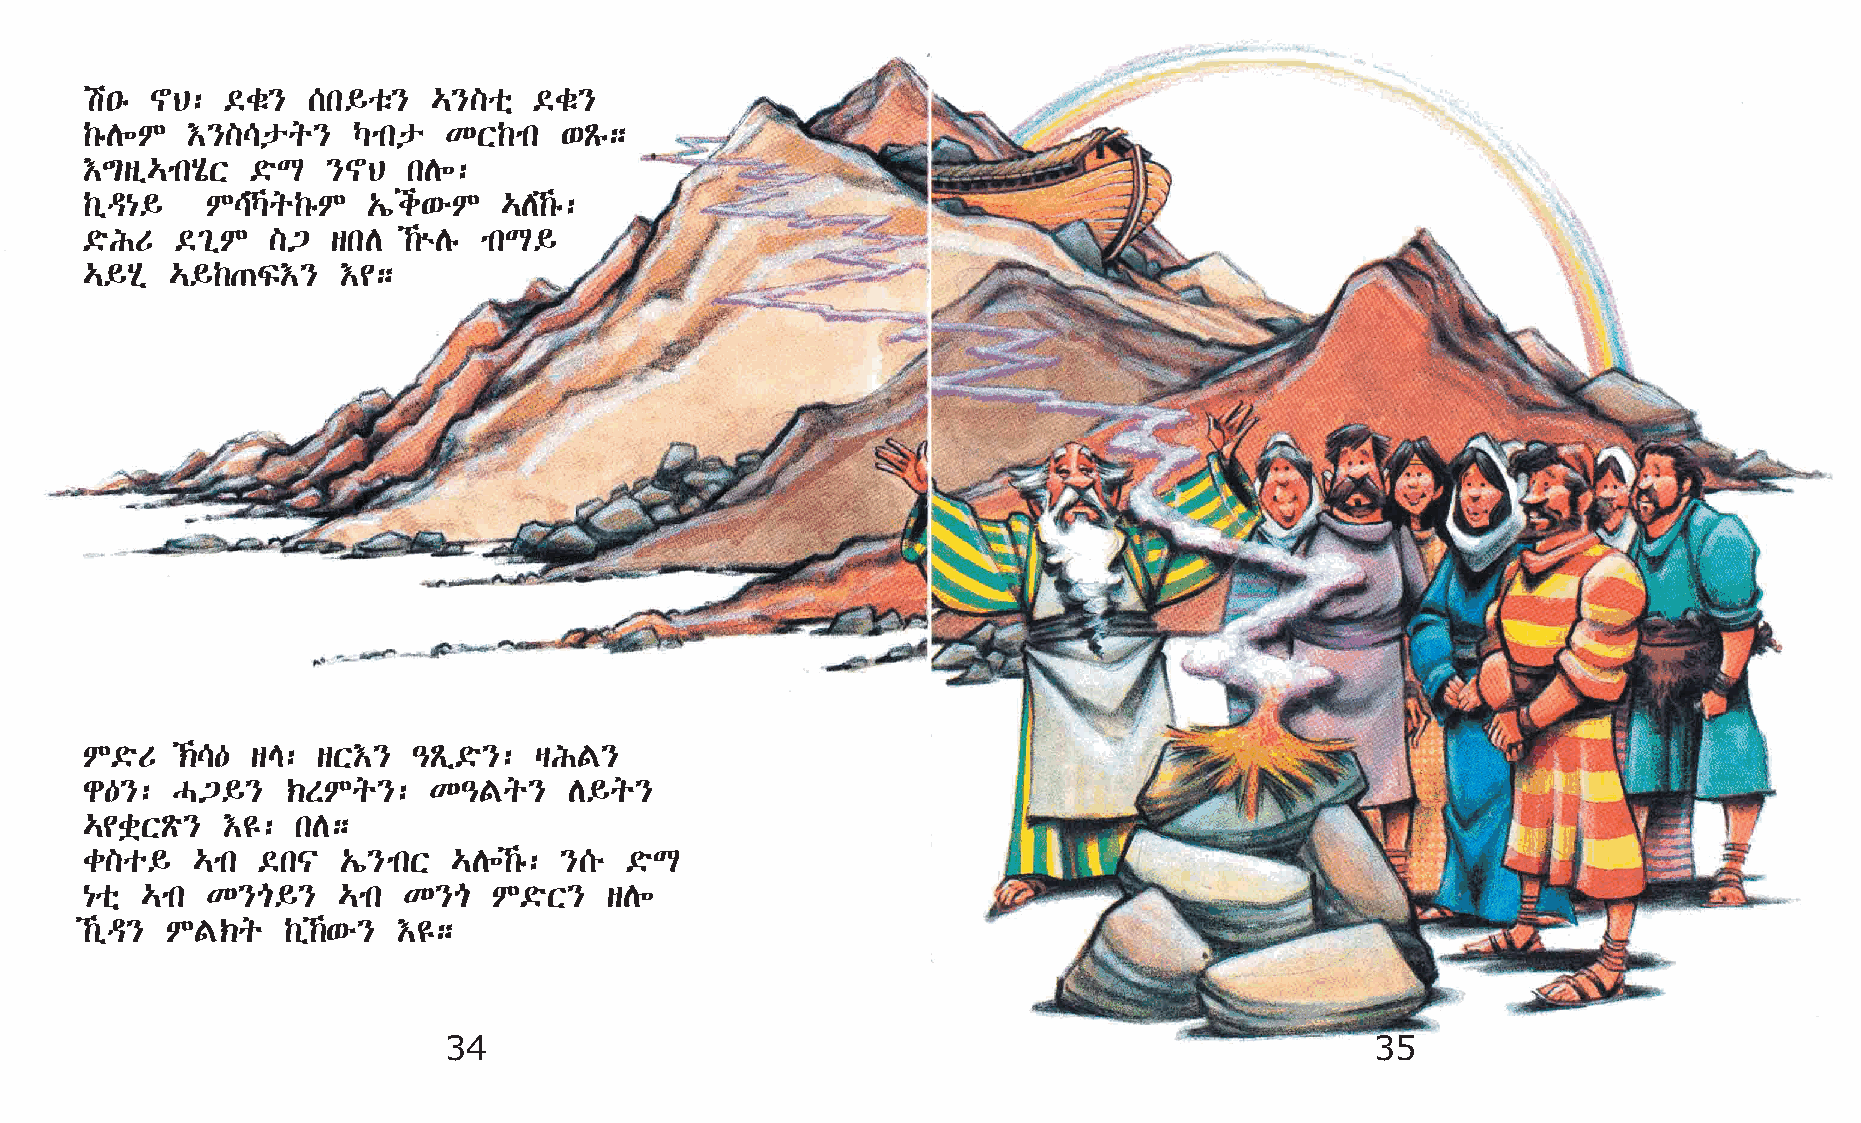
a•ê  ~B:  ©cë} [k§oë}   …}]oñ ©cë}
 ‰êD÷M  †}]\pq}    Šmkp  KX‰mk   ‘Ãê;
 †´sï…mkAôX  ©öL  }~B  kD÷:
 ‰ïª{§    M\Šq‰êM  „íi‘éM   …D‰ê:
 ©öIU   ©²ïM  ]³  skD  ‰ùDê mkL§
 …§Að  …§‰·Ï†}     †¢;
 M©öU   ‹\— sE: sX†}  –Ãï©ö}: šIF}
 g—}:  H³§}    ‹SMq}:   K–Fq}     D§q}
 …¢cüXÃö}  †£:  kD;
 c]o§    …mk ©k|   „í}mkX …D÷‰ê: }[é ©öL
 {oñ …mk  K}µ§}   …mk  K}µ   M©öX}  sD÷
 ‰ïª} MF‹q    ‰ï‰‘é} †£;
 34                                                            35